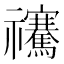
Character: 𥜴